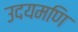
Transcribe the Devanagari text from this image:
उदयमणि